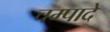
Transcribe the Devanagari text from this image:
चम्पादे